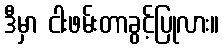
ဒီမှာ ငါးဖမ်းတာခွင့်ပြုလား။